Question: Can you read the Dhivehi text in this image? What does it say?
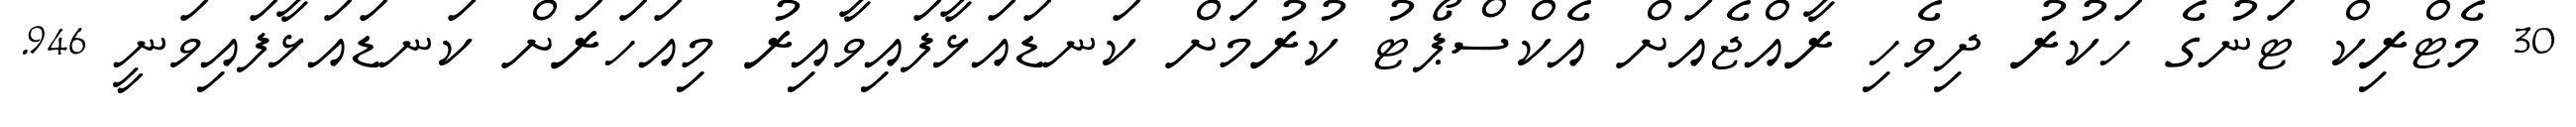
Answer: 30 މެޓްރިކް ޓަނުގެ ހަކުރު ދިވެހި ރާއްޖެއަށް އެކްސްޕޯޓު ކުރުމަށް ކަނޑައަޅާފައިވާއިރު މިއަހަރަށް ކަނޑައަޅާފައިވަނީ 946.